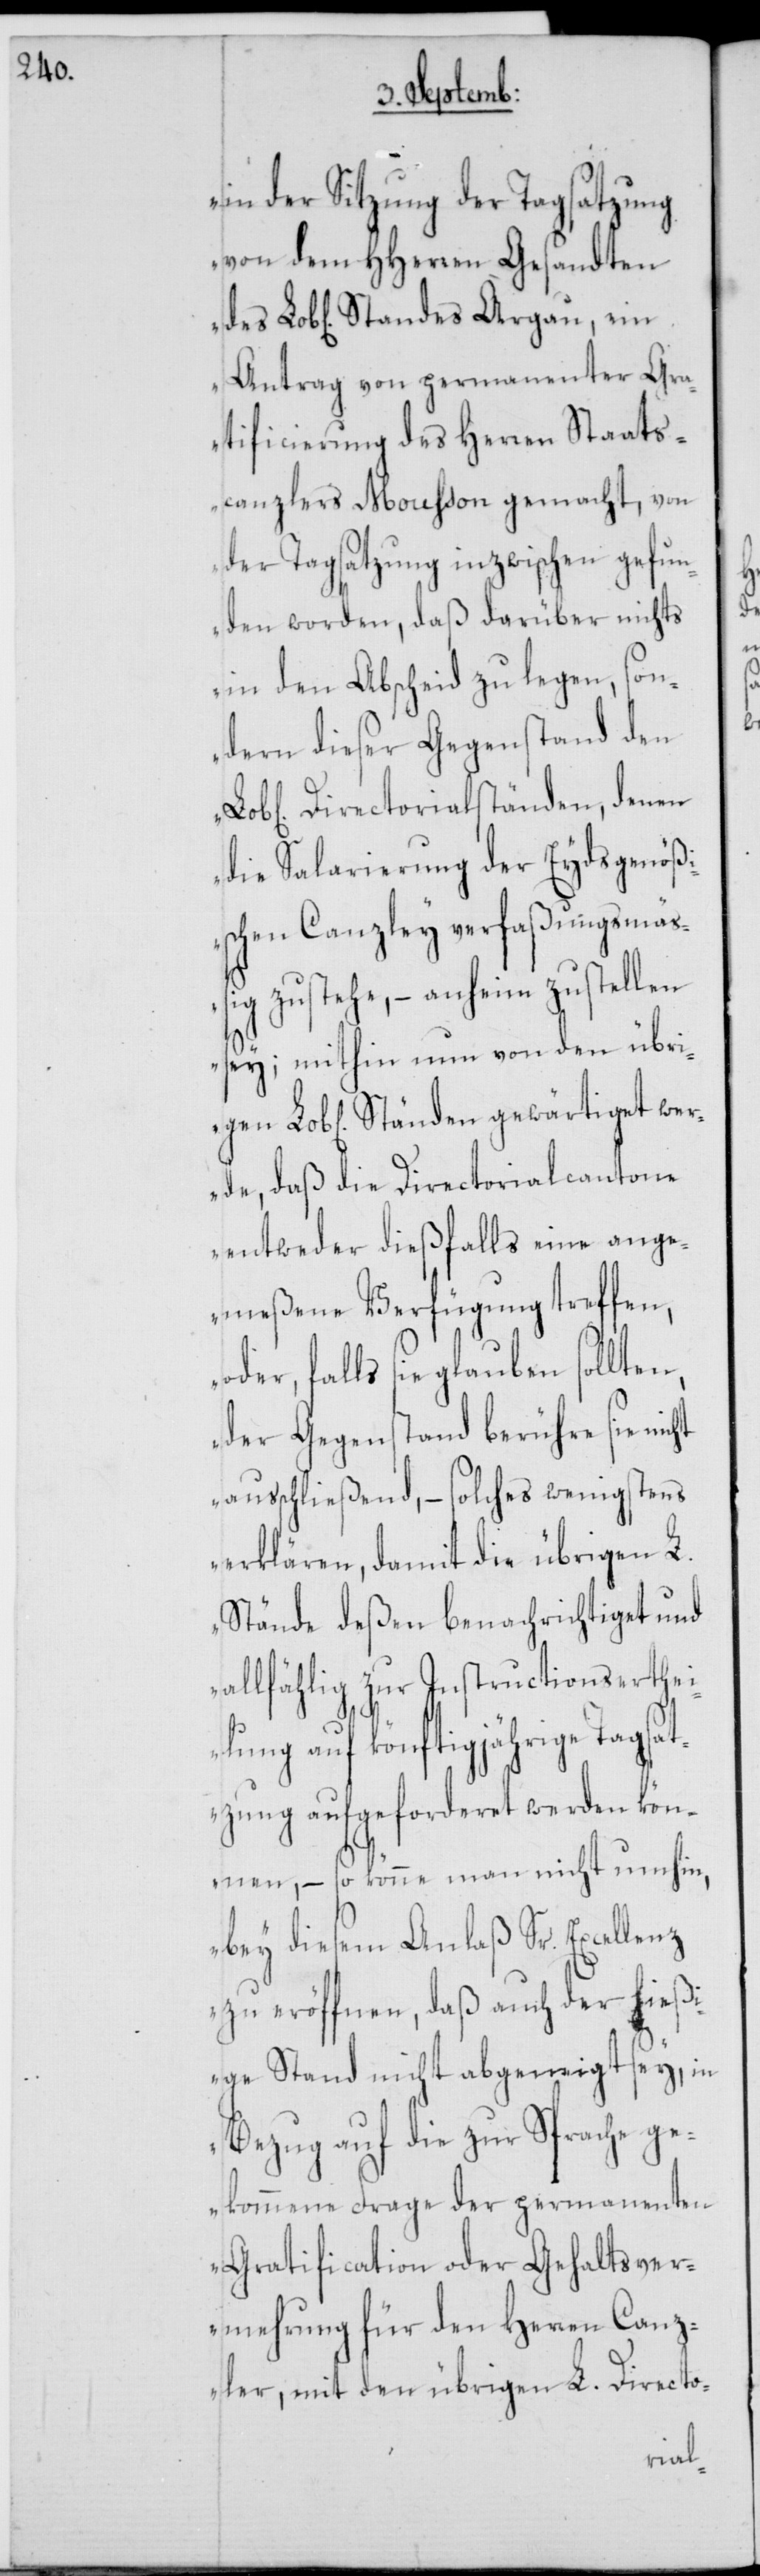
in der Sitzung der Tagsatzung
von dem HHerren Gesandten
Antrag von permanenter Gra¬
tificierung des Herren Staats¬
canzlers Mousson gemacht, von
der Tagsatzung inzwischen gefun¬
den worden, daß darüber nichts
in den Abscheid zu legen, son¬
dern dieser Gegenstand den
Directorialständen, denen
die Salarierung der Eydsgenöß¬
ischen Canzley verfaßungsmäß¬
ig zustehe, – anheim zu stellen
sey; mithin nun von den übrigen
ichen] Ständen gewärtiget wer¬
de, daß die Directorialcantone
entweder dießfalls eine ange¬
meßene Verfügung treffen,
der, falls sie glauben
der Gegenstand berühre sie nicht
ausschließend, – solches wenigstens
erklären, damit die übrigen L.
Stände deßen benachrichtiget und
allfählig zur Instructionserthei¬
lung auf könftigjährige Tagsat¬
zung aufgeforderet werden kön¬
nen, – so könne man nicht umhin,
bey diesem Anlaß Sr. Excellenz
zu eröffnen, daß auch der hießi¬
o¬
ge Stand nicht abgeneigt sey, in
Bezug auf die zur Sprache g¬
ekommene Frage der permanenten
Gratification oder Gehaltsver¬
mehrung für den Herren Canz¬
ler, mit den übrigen L. Directo-
Lob[l¬